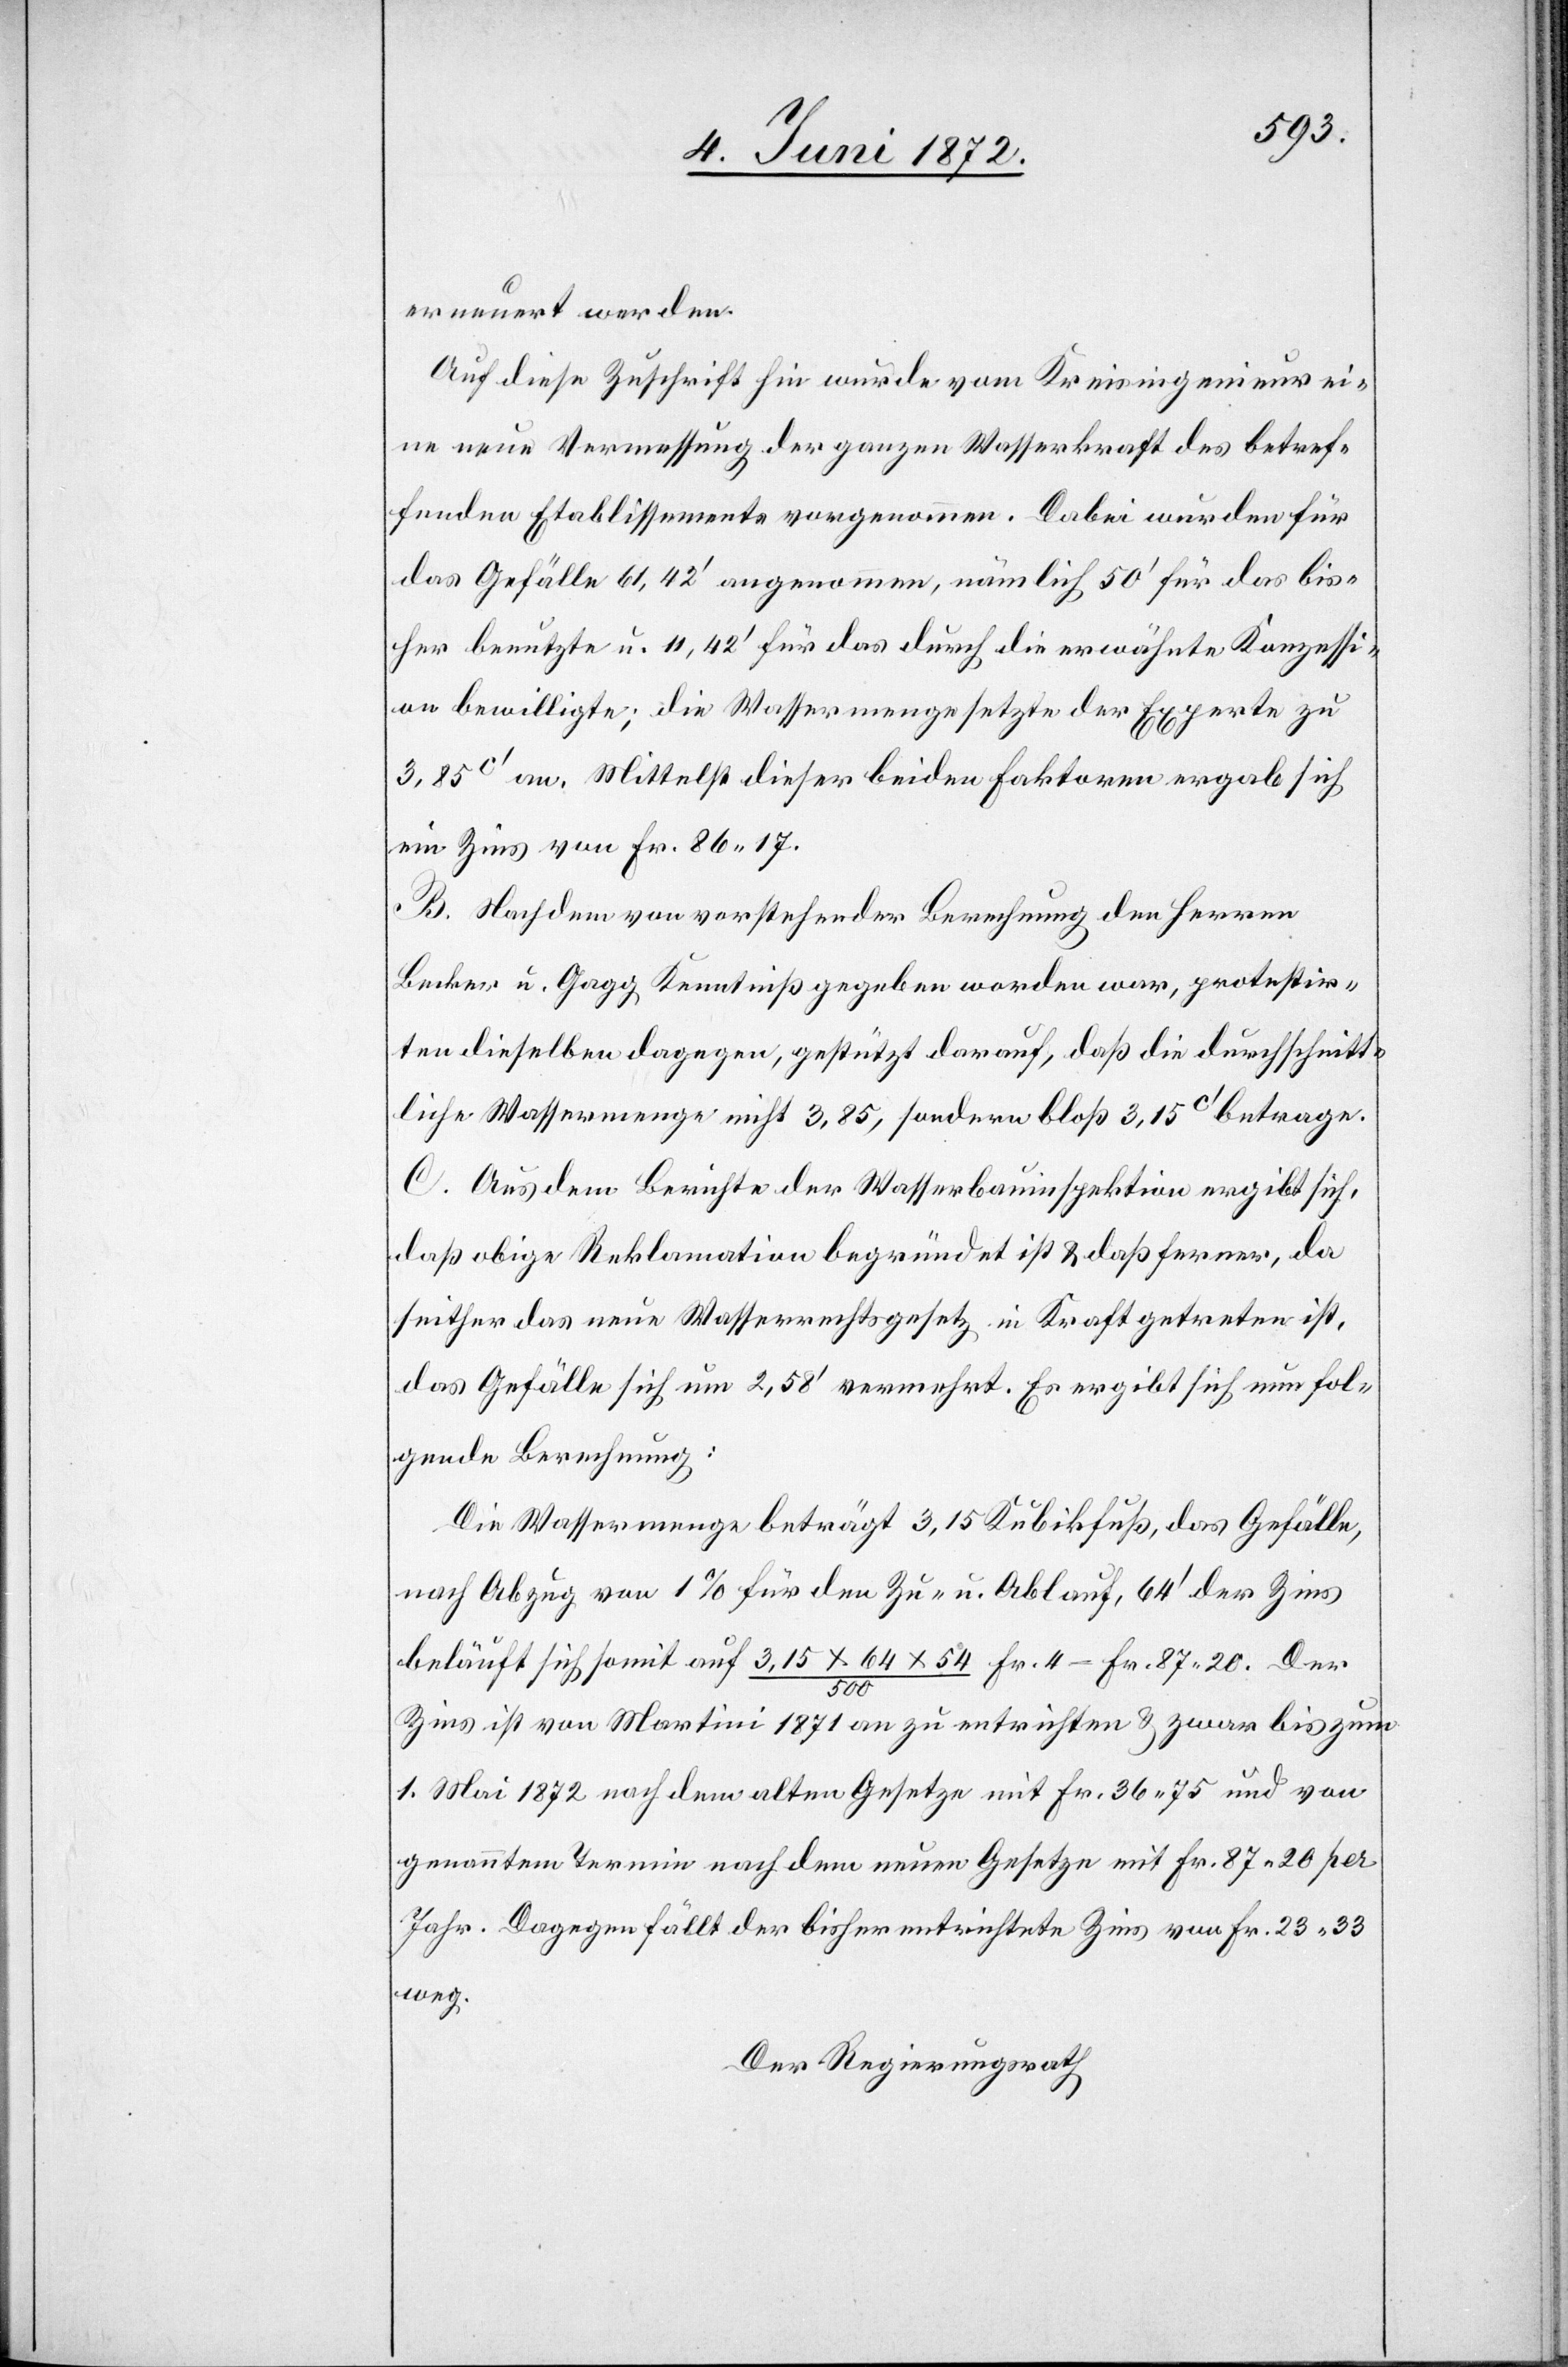
erneuert werden.
Auf diese Zuschrift hin wurde vom Kreisingenieur ei¬
ne neue Vermessung der ganzen Wasserkraft des betref¬
fenden Etablissements vorgenommen. Dabei wurden für
das Gefälle 61,42’ angenommen, nämlich 50’ für das bis¬
her benutzte u. 11,42’ für das durch die erwähnte Konzessi¬
on bewilligte; die Wassermenge setzte der Experte zu
3,85c’ an. Mittelst dieser beiden Faktoren ergab sich
ein Zins von Fr. 86 17.
B. Nachdem von vorstehender Berechnung den Herren
Becker u. Gagg Kenntniß gegeben worden war, protestir¬
ten dieselben dagegen, gestützt darauf, daß die durchschnitt¬
liche Wassermenge nicht 3,85, sondern bloß 3,15c’ betrage.
C. Aus dem Berichte der Wasserbauinspektion ergibt sich,
daß obige Reklamation begründet ist u. daß ferner, da
seither das neue Wasserrechtsgesetz in Kraft getreten ist,
das Gefälle sich um 2,58’ vermehrt. Es ergibt sich nun fol¬
gende Berechnung:
Die Wassermenge beträgt 3,15 Kubikfuß, das Gefälle,
nach Abzug von 1 % für den Zu- u. Ablauf, 64’ der Zins
beläuft sich somit auf 3,15 x 64 x 54 / 500 [x] Fr. 4 = Fr. 87 20. Der
Zins ist von Martini 1871 an zu entrichten u. zwar bis zum
1. Mai 1872 nach dem alten Gesetze mit Fr. 36 75 und von
genanntem Termin nach dem neuen Gesetze mit Fr. 87 20 per
Jahr. Dagegen fällt der bisher entrichtete Zins von Fr. 23 33
weg.
Der Regierungsrath